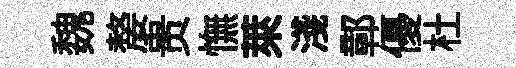
魏嫠贵憮萊淺鄣優杜